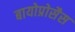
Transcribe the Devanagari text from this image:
बायोप्रोसैस